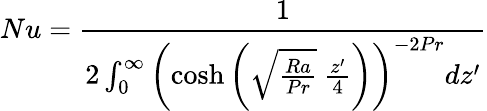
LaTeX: Nu=\frac{1}{2\int_{0}^{\infty}\left(\cosh{\left(\sqrt{\frac{Ra}{Pr}}\ \frac{z^{\prime}}{4}\right)}\right)^{-2Pr}dz^{\prime}}